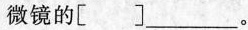
微镜的[ ]___。